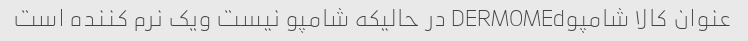
عنوان کالا شامپوDERMOMEd در حالیکه شامپو نیست ویک نرم کننده است